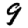
Digit: 9